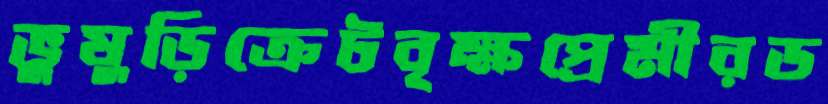
ভুষুড়িক্রেটবৃক্ষপ্রেমীরড